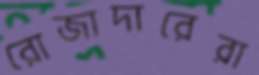
রোজাদারেরা